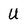
Character: U